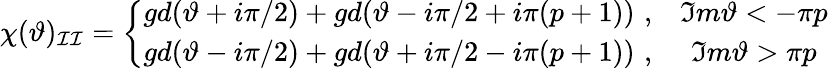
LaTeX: \chi(\vartheta)_{\mathcal{I}\mathcal{I}}=\left\{ \begin{array}{cc}{{gd(\vartheta+i\pi/2)+gd(\vartheta-i\pi/2+i\pi(p+1))\, \, ,}}&{{\Im m\vartheta<-\pi p}}\\ {{gd(\vartheta-i\pi/2)+gd(\vartheta+i\pi/2-i\pi(p+1))\, \, ,}}&{{\Im m\vartheta>\pi p}}\end{array}\right.